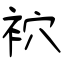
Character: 袕